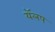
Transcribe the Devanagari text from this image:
यॅलप